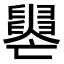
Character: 𦦭